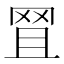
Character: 𦊩